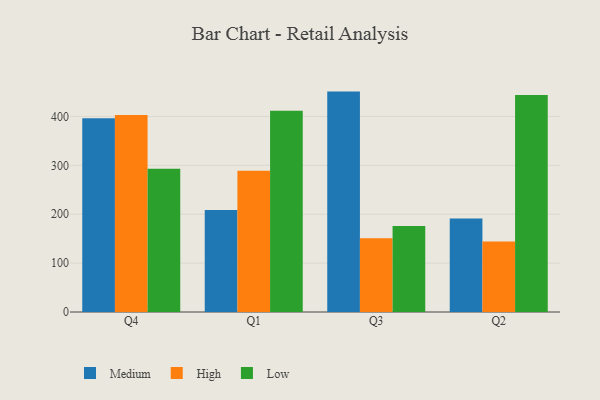
{"axis": {"x": "Quarter", "y": "Market Share (%)"}, "legend": ["High", "Low", "Medium"], "data": [{"x": "Q4", "y": 396.2, "type": "Medium"}, {"x": "Q4", "y": 403.1, "type": "High"}, {"x": "Q4", "y": 293.2, "type": "Low"}, {"x": "Q1", "y": 208.6, "type": "Medium"}, {"x": "Q1", "y": 289.1, "type": "High"}, {"x": "Q1", "y": 411.7, "type": "Low"}, {"x": "Q3", "y": 450.8, "type": "Medium"}, {"x": "Q3", "y": 150.6, "type": "High"}, {"x": "Q3", "y": 176.0, "type": "Low"}, {"x": "Q2", "y": 191.2, "type": "Medium"}, {"x": "Q2", "y": 144.3, "type": "High"}, {"x": "Q2", "y": 444.1, "type": "Low"}]}